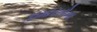
ઇમારતોના